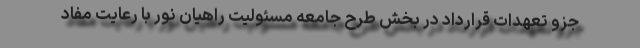
جزو تعهدات قرارداد در بخش طرح جامعه مسئولیت راهیان نور با رعایت مفاد